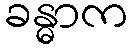
ခန္ဓာက